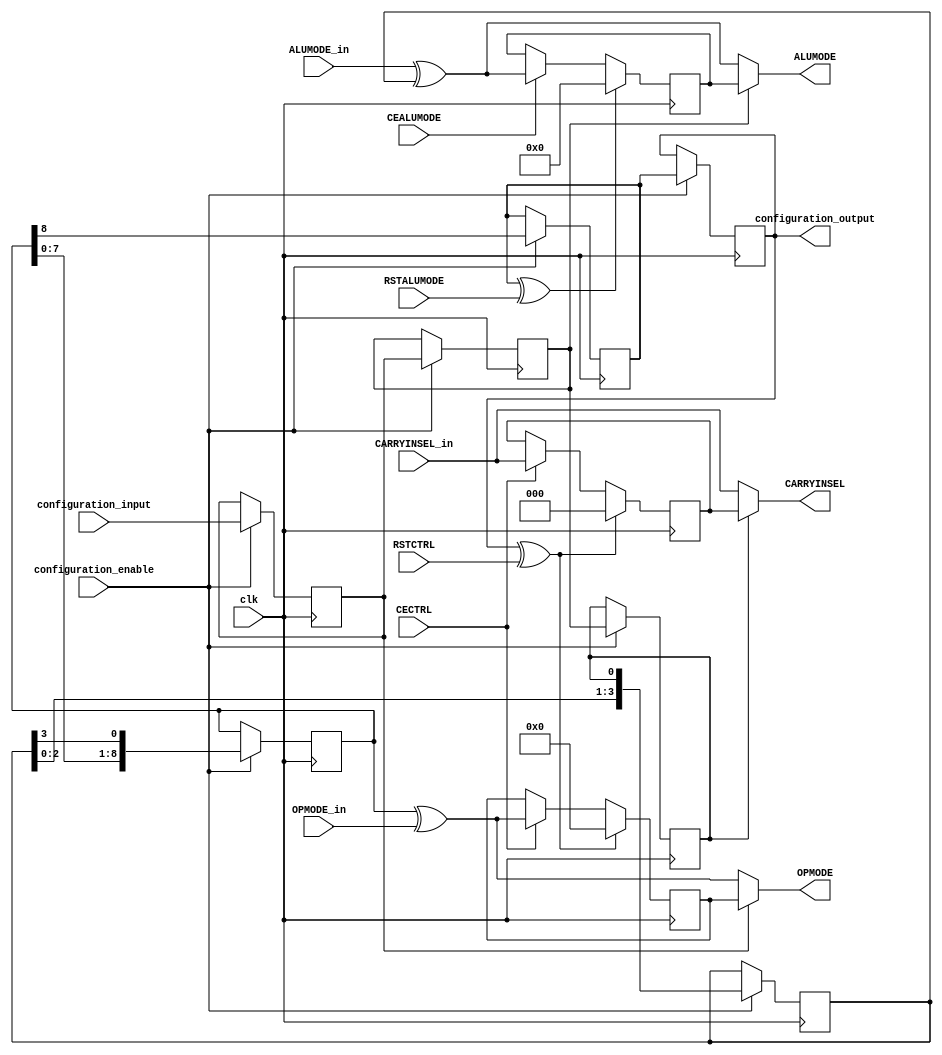
/*****************************************************************
*	Configuration bits order :
*			OPMODEREG <= configuration_input;
*			ALUMODEREG <= OPMODEREG;
*			CARRYINSELREG <= ALUMODEREG;
*			IS_ALUMODE_INVERTED <= {{IS_ALUMODE_INVERTED[2:0]},{CARRYINSELREG}};
*			IS_OPMODE_INVERTED <= {{IS_OPMODE_INVERTED[7:0]},{IS_ALUMODE_INVERTED[3]}};
*			IS_RSTALUMODE_INVERTED <= IS_OPMODE_INVERTED[8];
*			IS_RSTCTRL_INVERTED <= IS_RSTALUMODE_INVERTED;
*			configuration_output = IS_RSTCTRL_INVERTED;
*****************************************************************/
`timescale 1 ns / 100 ps   
module operation_manager (
		input clk,
		
		input RSTCTRL,
		input RSTALUMODE,
		
		input CECTRL,
		input CEALUMODE,
		
		input [8:0] OPMODE_in,
		input [3:0] ALUMODE_in,
		input [2:0] CARRYINSEL_in,
		
		output [8:0] OPMODE,
		output [3:0] ALUMODE,
		output [2:0] CARRYINSEL,
					
		input configuration_input,
		input configuration_enable,
		output configuration_output
	);	
	
	// configuring bits
	reg OPMODEREG;
	reg ALUMODEREG;
	reg CARRYINSELREG;
	reg [3:0] IS_ALUMODE_INVERTED;
	reg [8:0] IS_OPMODE_INVERTED;
	reg IS_RSTALUMODE_INVERTED;
	reg IS_RSTCTRL_INVERTED;
		
	always@(posedge clk)begin
		if (configuration_enable)begin
			OPMODEREG <= configuration_input;
			ALUMODEREG <= OPMODEREG;
			CARRYINSELREG <= ALUMODEREG;
			IS_ALUMODE_INVERTED <= {{IS_ALUMODE_INVERTED[2:0]},{CARRYINSELREG}};
			IS_OPMODE_INVERTED <= {{IS_OPMODE_INVERTED[7:0]},{IS_ALUMODE_INVERTED[3]}};
			IS_RSTALUMODE_INVERTED <= IS_OPMODE_INVERTED[8];
			IS_RSTCTRL_INVERTED <= IS_RSTALUMODE_INVERTED;
		end
	end
	assign configuration_output = IS_RSTCTRL_INVERTED;
	
	
	// operation_manager
	wire [8:0] OPMODE_in_xored;
	assign OPMODE_in_xored = IS_OPMODE_INVERTED ^ OPMODE_in;
	
	wire RSTCTRL_xored;
	assign RSTCTRL_xored = IS_RSTCTRL_INVERTED ^ RSTCTRL;
	
	reg [8:0] OPMODE_reg;
	always@(posedge clk) begin
		if (RSTCTRL_xored)
			OPMODE_reg <= 9'b0;
		else if (CECTRL)
			OPMODE_reg <= OPMODE_in_xored;
	end
	assign OPMODE  = (OPMODEREG) ? OPMODE_reg: OPMODE_in_xored;

	
	
	wire [3:0] ALUMODE_in_xored;
	assign ALUMODE_in_xored = ALUMODE_in ^ IS_ALUMODE_INVERTED;
	
	wire RSTALUMODE_xored;
	assign RSTALUMODE_xored = IS_RSTALUMODE_INVERTED ^ RSTALUMODE;
	
	reg [3:0] ALUMODE_reg;
	always@(posedge clk) begin
		if (RSTALUMODE_xored)
			ALUMODE_reg <= 4'b0;
		else if (CEALUMODE)
			ALUMODE_reg <= ALUMODE_in_xored;
	end
	assign ALUMODE  = (ALUMODEREG) ? ALUMODE_reg: ALUMODE_in_xored;

		
		
		
	reg [2:0] CARRYINSEL_reg;
	always@(posedge clk) begin
		if (RSTCTRL_xored)
			CARRYINSEL_reg <= 3'b0;
		else if (CECTRL)
			CARRYINSEL_reg <= CARRYINSEL_in;
	end
	assign CARRYINSEL  = (CARRYINSELREG) ? CARRYINSEL_reg: CARRYINSEL_in;
	
	
endmodule